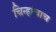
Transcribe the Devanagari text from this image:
चिन्हांचाच